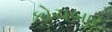
કોચબાર